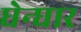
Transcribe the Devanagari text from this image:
घेन्घार